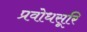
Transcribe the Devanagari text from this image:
प्रवोधसूरि